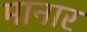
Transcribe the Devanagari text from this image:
मानार